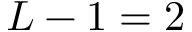
L - 1 = 2